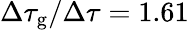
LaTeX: \Delta\tau_{\mathrm{g}}/\Delta\tau=1.61